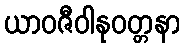
ယာဝဇီဝါနုဝတ္တနာ